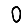
Digit: 0